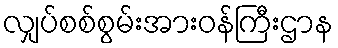
လျှပ်စစ်စွမ်းအားဝန်ကြီးဌာန